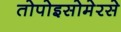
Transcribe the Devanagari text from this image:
तोपोइसोमेरसे